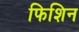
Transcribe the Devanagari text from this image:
फिशिन